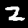
Digit: 2